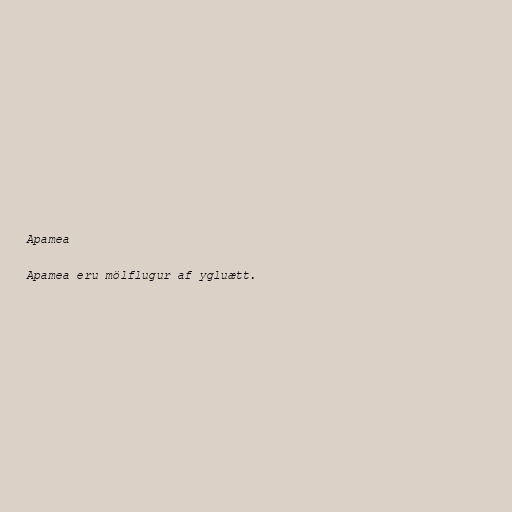
Apamea

Apamea eru mölflugur af ygluætt.